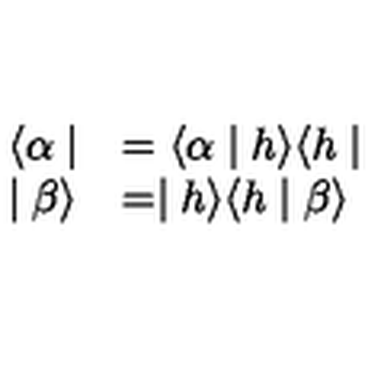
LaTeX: \begin{array} { l l } { \langle \alpha \mid } & { = \langle \alpha \mid h \rangle \langle h \mid } \\ { \mid \beta \rangle } & { = \mid h \rangle \langle h \mid \beta \rangle } \\ \end{array}